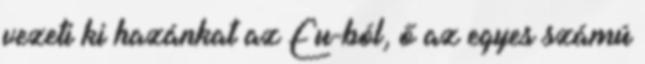
vezeti ki hazánkat az Eu-ból, ő az egyes számú